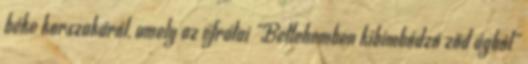
béke korszakáról, amely az efrátai "Betlehemben kibimbódzó ződ ágból"